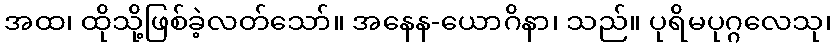
အထ၊ ထိုသို့ဖြစ်ခဲ့လတ်သော်။ အနေန-ယောဂိနာ၊ သည်။ ပုရိမပုဂ္ဂလေသု၊